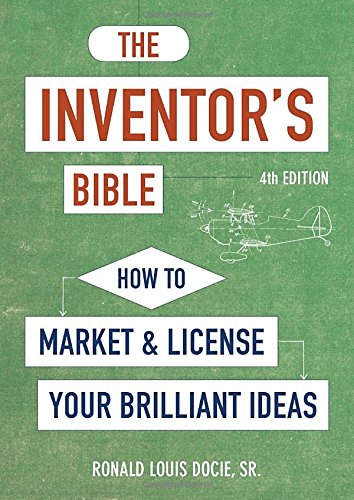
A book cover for The Inventor's Bible, Fourth Edition: How to Market and License Your Brilliant Ideas; Ronald Louis Docie Sr.; Law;